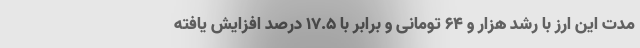
مدت این ارز با رشد هزار و ۶۴ تومانی و برابر با ۱۷.۵ درصد افزایش یافته